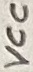
Text: VCC